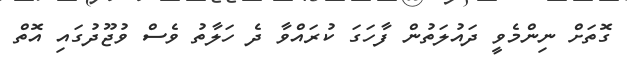
ގޮތަށް ނިންމެވީ ދައުލަތުން ފާހަގަ ކުރައްވާ ދެ ހަލާތު ވެސް ވުޖޫދުގައި އޮތް